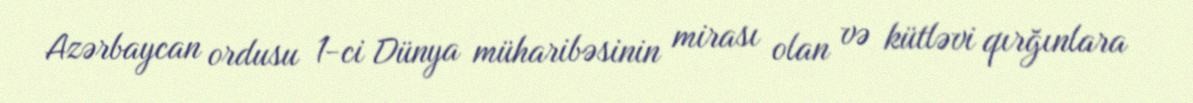
Azərbaycan ordusu 1-ci Dünya müharibəsinin mirası olan və kütləvi qırğınlara